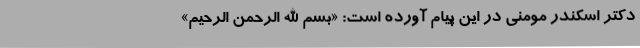
دکتر اسکندر مومنی در این پیام آورده است: «بسم الله الرحمن الرحیم»